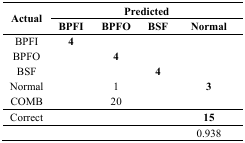
<table><thead><tr><td rowspan="3"><b>Actual</b></td><td colspan="4"><b>Predicted</b></td></tr><tr><td><b>BPFI</b></td><td><b>BPFO</b></td><td><b>BSF</b></td><td><b>Normal</b></td></tr></thead><tbody><tr><td>BPFI</td><td><b>4</b></td><td></td><td></td><td></td></tr><tr><td>BPFO</td><td></td><td><b>4</b></td><td></td><td></td></tr><tr><td>BSF</td><td></td><td></td><td><b>4</b></td><td></td></tr><tr><td>Normal</td><td></td><td>1</td><td></td><td><b>3</b></td></tr><tr><td>COMB</td><td></td><td>20</td><td></td><td></td></tr><tr><td>Correct</td><td></td><td></td><td></td><td><b>15</b></td></tr><tr><td></td><td></td><td></td><td></td><td>0.938</td></tr></tbody></table>